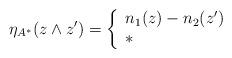
LaTeX: \begin{align*} \eta_{A^*}(z \wedge z') = \left\{ \begin{array}{ll} n_1(z) - n_2(z') & \\ * & \end{array} \right.\end{align*}